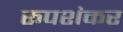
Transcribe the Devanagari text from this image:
रूपशंकर